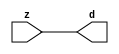

//------> /package/eda/mg/Catapult_10.3d/Mgc_home/pkgs/siflibs/mgc_in_wire_v2.v 
//------------------------------------------------------------------------------
// Catapult Synthesis - Sample I/O Port Library
//
// Copyright (c) 2003-2017 Mentor Graphics Corp.
//       All Rights Reserved
//
// This document may be used and distributed without restriction provided that
// this copyright statement is not removed from the file and that any derivative
// work contains this copyright notice.
//
// The design information contained in this file is intended to be an example
// of the functionality which the end user may study in preparation for creating
// their own custom interfaces. This design does not necessarily present a 
// complete implementation of the named protocol or standard.
//
//------------------------------------------------------------------------------


module mgc_in_wire_v2 (d, z);

  parameter integer rscid = 1;
  parameter integer width = 8;

  output [width-1:0] d;
  input  [width-1:0] z;

  wire   [width-1:0] d;

  assign d = z;

endmodule


//------> /package/eda/mg/Catapult_10.3d/Mgc_home/pkgs/siflibs/ccs_in_v1.v 
//------------------------------------------------------------------------------
// Catapult Synthesis - Sample I/O Port Library
//
// Copyright (c) 2003-2017 Mentor Graphics Corp.
//       All Rights Reserved
//
// This document may be used and distributed without restriction provided that
// this copyright statement is not removed from the file and that any derivative
// work contains this copyright notice.
//
// The design information contained in this file is intended to be an example
// of the functionality which the end user may study in preparation for creating
// their own custom interfaces. This design does not necessarily present a 
// complete implementation of the named protocol or standard.
//
//------------------------------------------------------------------------------


module ccs_in_v1 (idat, dat);

  parameter integer rscid = 1;
  parameter integer width = 8;

  output [width-1:0] idat;
  input  [width-1:0] dat;

  wire   [width-1:0] idat;

  assign idat = dat;

endmodule


//------> /package/eda/mg/Catapult_10.3d/Mgc_home/pkgs/siflibs/ccs_out_v1.v 
//------------------------------------------------------------------------------
// Catapult Synthesis - Sample I/O Port Library
//
// Copyright (c) 2003-2015 Mentor Graphics Corp.
//       All Rights Reserved
//
// This document may be used and distributed without restriction provided that
// this copyright statement is not removed from the file and that any derivative
// work contains this copyright notice.
//
// The design information contained in this file is intended to be an example
// of the functionality which the end user may study in preparation for creating
// their own custom interfaces. This design does not necessarily present a 
// complete implementation of the named protocol or standard.
//
//------------------------------------------------------------------------------

module ccs_out_v1 (dat, idat);

  parameter integer rscid = 1;
  parameter integer width = 8;

  output   [width-1:0] dat;
  input    [width-1:0] idat;

  wire     [width-1:0] dat;

  assign dat = idat;

endmodule




//------> /package/eda/mg/Catapult_10.3d/Mgc_home/pkgs/siflibs/mgc_io_sync_v2.v 
//------------------------------------------------------------------------------
// Catapult Synthesis - Sample I/O Port Library
//
// Copyright (c) 2003-2017 Mentor Graphics Corp.
//       All Rights Reserved
//
// This document may be used and distributed without restriction provided that
// this copyright statement is not removed from the file and that any derivative
// work contains this copyright notice.
//
// The design information contained in this file is intended to be an example
// of the functionality which the end user may study in preparation for creating
// their own custom interfaces. This design does not necessarily present a 
// complete implementation of the named protocol or standard.
//
//------------------------------------------------------------------------------


module mgc_io_sync_v2 (ld, lz);
    parameter valid = 0;

    input  ld;
    output lz;

    wire   lz;

    assign lz = ld;

endmodule


//------> ./rtl.v 
// ----------------------------------------------------------------------
//  HLS HDL:        Verilog Netlister
//  HLS Version:    10.3d/815731 Production Release
//  HLS Date:       Wed Apr 24 14:54:19 PDT 2019
// 
//  Generated by:   695r48@ecegrid-thin4.ecn.purdue.edu
//  Generated date: Sat Nov 13 22:47:04 2021
// ----------------------------------------------------------------------

// 
// ------------------------------------------------------------------
//  Design Unit:    fir_core_core_fsm
//  FSM Module
// ------------------------------------------------------------------


module fir_core_core_fsm (
  clk, rst, fsm_output
);
  input clk;
  input rst;
  output [34:0] fsm_output;
  reg [34:0] fsm_output;


  // FSM State Type Declaration for fir_core_core_fsm_1
  parameter
    main_C_0 = 6'd0,
    main_C_1 = 6'd1,
    main_C_2 = 6'd2,
    main_C_3 = 6'd3,
    main_C_4 = 6'd4,
    main_C_5 = 6'd5,
    main_C_6 = 6'd6,
    main_C_7 = 6'd7,
    main_C_8 = 6'd8,
    main_C_9 = 6'd9,
    main_C_10 = 6'd10,
    main_C_11 = 6'd11,
    main_C_12 = 6'd12,
    main_C_13 = 6'd13,
    main_C_14 = 6'd14,
    main_C_15 = 6'd15,
    main_C_16 = 6'd16,
    main_C_17 = 6'd17,
    main_C_18 = 6'd18,
    main_C_19 = 6'd19,
    main_C_20 = 6'd20,
    main_C_21 = 6'd21,
    main_C_22 = 6'd22,
    main_C_23 = 6'd23,
    main_C_24 = 6'd24,
    main_C_25 = 6'd25,
    main_C_26 = 6'd26,
    main_C_27 = 6'd27,
    main_C_28 = 6'd28,
    main_C_29 = 6'd29,
    main_C_30 = 6'd30,
    main_C_31 = 6'd31,
    main_C_32 = 6'd32,
    main_C_33 = 6'd33,
    main_C_34 = 6'd34;

  reg [5:0] state_var;
  reg [5:0] state_var_NS;


  // Interconnect Declarations for Component Instantiations 
  always @(*)
  begin : fir_core_core_fsm_1
    case (state_var)
      main_C_1 : begin
        fsm_output = 35'b00000000000000000000000000000000010;
        state_var_NS = main_C_2;
      end
      main_C_2 : begin
        fsm_output = 35'b00000000000000000000000000000000100;
        state_var_NS = main_C_3;
      end
      main_C_3 : begin
        fsm_output = 35'b00000000000000000000000000000001000;
        state_var_NS = main_C_4;
      end
      main_C_4 : begin
        fsm_output = 35'b00000000000000000000000000000010000;
        state_var_NS = main_C_5;
      end
      main_C_5 : begin
        fsm_output = 35'b00000000000000000000000000000100000;
        state_var_NS = main_C_6;
      end
      main_C_6 : begin
        fsm_output = 35'b00000000000000000000000000001000000;
        state_var_NS = main_C_7;
      end
      main_C_7 : begin
        fsm_output = 35'b00000000000000000000000000010000000;
        state_var_NS = main_C_8;
      end
      main_C_8 : begin
        fsm_output = 35'b00000000000000000000000000100000000;
        state_var_NS = main_C_9;
      end
      main_C_9 : begin
        fsm_output = 35'b00000000000000000000000001000000000;
        state_var_NS = main_C_10;
      end
      main_C_10 : begin
        fsm_output = 35'b00000000000000000000000010000000000;
        state_var_NS = main_C_11;
      end
      main_C_11 : begin
        fsm_output = 35'b00000000000000000000000100000000000;
        state_var_NS = main_C_12;
      end
      main_C_12 : begin
        fsm_output = 35'b00000000000000000000001000000000000;
        state_var_NS = main_C_13;
      end
      main_C_13 : begin
        fsm_output = 35'b00000000000000000000010000000000000;
        state_var_NS = main_C_14;
      end
      main_C_14 : begin
        fsm_output = 35'b00000000000000000000100000000000000;
        state_var_NS = main_C_15;
      end
      main_C_15 : begin
        fsm_output = 35'b00000000000000000001000000000000000;
        state_var_NS = main_C_16;
      end
      main_C_16 : begin
        fsm_output = 35'b00000000000000000010000000000000000;
        state_var_NS = main_C_17;
      end
      main_C_17 : begin
        fsm_output = 35'b00000000000000000100000000000000000;
        state_var_NS = main_C_18;
      end
      main_C_18 : begin
        fsm_output = 35'b00000000000000001000000000000000000;
        state_var_NS = main_C_19;
      end
      main_C_19 : begin
        fsm_output = 35'b00000000000000010000000000000000000;
        state_var_NS = main_C_20;
      end
      main_C_20 : begin
        fsm_output = 35'b00000000000000100000000000000000000;
        state_var_NS = main_C_21;
      end
      main_C_21 : begin
        fsm_output = 35'b00000000000001000000000000000000000;
        state_var_NS = main_C_22;
      end
      main_C_22 : begin
        fsm_output = 35'b00000000000010000000000000000000000;
        state_var_NS = main_C_23;
      end
      main_C_23 : begin
        fsm_output = 35'b00000000000100000000000000000000000;
        state_var_NS = main_C_24;
      end
      main_C_24 : begin
        fsm_output = 35'b00000000001000000000000000000000000;
        state_var_NS = main_C_25;
      end
      main_C_25 : begin
        fsm_output = 35'b00000000010000000000000000000000000;
        state_var_NS = main_C_26;
      end
      main_C_26 : begin
        fsm_output = 35'b00000000100000000000000000000000000;
        state_var_NS = main_C_27;
      end
      main_C_27 : begin
        fsm_output = 35'b00000001000000000000000000000000000;
        state_var_NS = main_C_28;
      end
      main_C_28 : begin
        fsm_output = 35'b00000010000000000000000000000000000;
        state_var_NS = main_C_29;
      end
      main_C_29 : begin
        fsm_output = 35'b00000100000000000000000000000000000;
        state_var_NS = main_C_30;
      end
      main_C_30 : begin
        fsm_output = 35'b00001000000000000000000000000000000;
        state_var_NS = main_C_31;
      end
      main_C_31 : begin
        fsm_output = 35'b00010000000000000000000000000000000;
        state_var_NS = main_C_32;
      end
      main_C_32 : begin
        fsm_output = 35'b00100000000000000000000000000000000;
        state_var_NS = main_C_33;
      end
      main_C_33 : begin
        fsm_output = 35'b01000000000000000000000000000000000;
        state_var_NS = main_C_34;
      end
      main_C_34 : begin
        fsm_output = 35'b10000000000000000000000000000000000;
        state_var_NS = main_C_0;
      end
      // main_C_0
      default : begin
        fsm_output = 35'b00000000000000000000000000000000001;
        state_var_NS = main_C_1;
      end
    endcase
  end

  always @(posedge clk) begin
    if ( rst ) begin
      state_var <= main_C_0;
    end
    else begin
      state_var <= state_var_NS;
    end
  end

endmodule

// ------------------------------------------------------------------
//  Design Unit:    fir_core
// ------------------------------------------------------------------


module fir_core (
  clk, rst, coeffs_rsc_z, coeffs_rsc_triosy_lz, in1_rsc_dat, in1_rsc_triosy_lz, out1_rsc_dat,
      out1_rsc_triosy_lz
);
  input clk;
  input rst;
  input [511:0] coeffs_rsc_z;
  output coeffs_rsc_triosy_lz;
  input [15:0] in1_rsc_dat;
  output in1_rsc_triosy_lz;
  output [15:0] out1_rsc_dat;
  output out1_rsc_triosy_lz;


  // Interconnect Declarations
  wire [511:0] coeffs_rsci_d;
  wire [15:0] in1_rsci_idat;
  reg [15:0] out1_rsci_idat;
  reg out1_rsc_triosy_obj_ld;
  wire [34:0] fsm_output;
  reg [495:0] reg_MAC_io_read_coeffs_rsc_ftd_16;
  reg reg_in1_rsc_triosy_obj_ld_cse;
  reg [15:0] reg_MAC_asn_88_cse;
  reg [15:0] reg_MAC_asn_87_cse;
  reg [15:0] reg_MAC_asn_86_cse;
  reg [15:0] reg_MAC_asn_85_cse;
  reg [15:0] reg_MAC_asn_84_cse;
  reg [15:0] reg_MAC_asn_83_cse;
  reg [15:0] reg_MAC_asn_82_cse;
  reg [15:0] reg_MAC_asn_81_cse;
  reg [15:0] reg_MAC_asn_80_cse;
  reg [15:0] reg_MAC_asn_79_cse;
  reg [15:0] reg_MAC_asn_78_cse;
  reg [15:0] reg_MAC_asn_77_cse;
  reg [15:0] reg_MAC_asn_76_cse;
  reg [15:0] reg_MAC_asn_75_cse;
  reg [15:0] reg_MAC_asn_74_cse;
  reg [15:0] reg_MAC_asn_73_cse;
  reg [15:0] reg_MAC_asn_72_cse;
  reg [15:0] reg_MAC_asn_71_cse;
  reg [15:0] reg_MAC_asn_70_cse;
  reg [15:0] reg_MAC_asn_69_cse;
  reg [15:0] reg_MAC_asn_68_cse;
  reg [15:0] reg_MAC_asn_67_cse;
  reg [15:0] reg_MAC_asn_66_cse;
  reg [15:0] reg_MAC_asn_65_cse;
  reg [15:0] reg_MAC_asn_64_cse;
  reg [15:0] reg_MAC_asn_63_cse;
  reg [15:0] reg_MAC_asn_62_cse;
  wire [29:0] z_out;
  wire [30:0] nl_z_out;
  wire [29:0] z_out_2;
  wire signed [31:0] nl_z_out_2;
  wire [29:0] z_out_3;
  wire signed [31:0] nl_z_out_3;
  reg [15:0] regs_2_sva;
  reg [15:0] regs_30_sva;
  reg [15:0] regs_0_sva;
  reg [29:0] MAC_acc_29_itm;
  reg [29:0] MAC_11_mul_itm;
  reg [29:0] MAC_acc_23_itm;
  reg [29:0] MAC_acc_11_itm;
  reg [15:0] MAC_asn_89_itm;
  reg [15:0] MAC_asn_90_itm;
  reg [29:0] MAC_acc_18_itm;
  wire [30:0] nl_MAC_acc_18_itm;
  wire [29:0] MAC_acc_25_itm_mx0w5;
  wire [30:0] nl_MAC_acc_25_itm_mx0w5;
  wire MAC_acc_11_itm_mx0c5;
  wire MAC_acc_23_itm_mx0c0;
  wire MAC_or_4_cse;

  wire[29:0] mul_nl;
  wire signed [31:0] nl_mul_nl;
  wire[15:0] MAC_mux1h_12_nl;
  wire[0:0] MAC_or_15_nl;
  wire[15:0] MAC_mux1h_13_nl;
  wire[29:0] MAC_acc_16_nl;
  wire[30:0] nl_MAC_acc_16_nl;
  wire[29:0] MAC_4_mul_nl;
  wire signed [31:0] nl_MAC_4_mul_nl;
  wire[29:0] MAC_acc_14_nl;
  wire[30:0] nl_MAC_acc_14_nl;
  wire[29:0] MAC_8_mul_nl;
  wire signed [31:0] nl_MAC_8_mul_nl;
  wire[29:0] mul_3_nl;
  wire signed [31:0] nl_mul_3_nl;
  wire[15:0] MAC_mux1h_16_nl;
  wire[15:0] MAC_mux1h_17_nl;
  wire[29:0] MAC_acc_12_nl;
  wire[30:0] nl_MAC_acc_12_nl;
  wire[29:0] MAC_12_mul_nl;
  wire signed [31:0] nl_MAC_12_mul_nl;
  wire[29:0] MAC_acc_10_nl;
  wire[30:0] nl_MAC_acc_10_nl;
  wire[29:0] MAC_16_mul_nl;
  wire signed [31:0] nl_MAC_16_mul_nl;
  wire[29:0] mul_4_nl;
  wire signed [31:0] nl_mul_4_nl;
  wire[15:0] MAC_mux1h_18_nl;
  wire[15:0] MAC_mux1h_19_nl;
  wire[29:0] MAC_acc_8_nl;
  wire[30:0] nl_MAC_acc_8_nl;
  wire[29:0] MAC_20_mul_nl;
  wire signed [31:0] nl_MAC_20_mul_nl;
  wire[29:0] MAC_acc_6_nl;
  wire[30:0] nl_MAC_acc_6_nl;
  wire[29:0] MAC_24_mul_nl;
  wire signed [31:0] nl_MAC_24_mul_nl;
  wire[29:0] MAC_acc_4_nl;
  wire[30:0] nl_MAC_acc_4_nl;
  wire[29:0] MAC_28_mul_nl;
  wire signed [31:0] nl_MAC_28_mul_nl;
  wire[29:0] MAC_acc_3_nl;
  wire[30:0] nl_MAC_acc_3_nl;
  wire[29:0] MAC_30_mul_nl;
  wire signed [31:0] nl_MAC_30_mul_nl;
  wire[29:0] MAC_acc_nl;
  wire[30:0] nl_MAC_acc_nl;
  wire[29:0] MAC_acc_30_nl;
  wire[30:0] nl_MAC_acc_30_nl;
  wire[29:0] MAC_acc_26_nl;
  wire[30:0] nl_MAC_acc_26_nl;
  wire[0:0] MAC_or_10_nl;
  wire[0:0] MAC_or_11_nl;
  wire[0:0] MAC_or_12_nl;
  wire[0:0] MAC_or_13_nl;
  wire[29:0] MAC_acc_17_nl;
  wire[30:0] nl_MAC_acc_17_nl;
  wire[29:0] MAC_2_mul_nl;
  wire signed [31:0] nl_MAC_2_mul_nl;
  wire[29:0] MAC_acc_15_nl;
  wire[30:0] nl_MAC_acc_15_nl;
  wire[29:0] MAC_6_mul_nl;
  wire signed [31:0] nl_MAC_6_mul_nl;
  wire[29:0] MAC_acc_13_nl;
  wire[30:0] nl_MAC_acc_13_nl;
  wire[29:0] MAC_10_mul_nl;
  wire signed [31:0] nl_MAC_10_mul_nl;
  wire[29:0] MAC_acc_11_nl;
  wire[30:0] nl_MAC_acc_11_nl;
  wire[29:0] MAC_14_mul_nl;
  wire signed [31:0] nl_MAC_14_mul_nl;
  wire[29:0] MAC_acc_9_nl;
  wire[30:0] nl_MAC_acc_9_nl;
  wire[29:0] MAC_18_mul_nl;
  wire signed [31:0] nl_MAC_18_mul_nl;
  wire[29:0] MAC_acc_5_nl;
  wire[30:0] nl_MAC_acc_5_nl;
  wire[29:0] MAC_26_mul_nl;
  wire signed [31:0] nl_MAC_26_mul_nl;
  wire[29:0] MAC_acc_7_nl;
  wire[30:0] nl_MAC_acc_7_nl;
  wire[29:0] MAC_acc_27_nl;
  wire[30:0] nl_MAC_acc_27_nl;
  wire[29:0] MAC_acc_31_nl;
  wire[30:0] nl_MAC_acc_31_nl;
  wire[29:0] MAC_mux_6_nl;
  wire[0:0] MAC_or_14_nl;
  wire[29:0] MAC_mux_7_nl;
  wire[15:0] MAC_mux_8_nl;
  wire[15:0] MAC_mux_9_nl;
  wire[15:0] MAC_mux1h_14_nl;
  wire[15:0] MAC_mux1h_15_nl;

  // Interconnect Declarations for Component Instantiations 
  mgc_in_wire_v2 #(.rscid(32'sd1),
  .width(32'sd512)) coeffs_rsci (
      .d(coeffs_rsci_d),
      .z(coeffs_rsc_z)
    );
  ccs_in_v1 #(.rscid(32'sd2),
  .width(32'sd16)) in1_rsci (
      .dat(in1_rsc_dat),
      .idat(in1_rsci_idat)
    );
  ccs_out_v1 #(.rscid(32'sd3),
  .width(32'sd16)) out1_rsci (
      .idat(out1_rsci_idat),
      .dat(out1_rsc_dat)
    );
  mgc_io_sync_v2 #(.valid(32'sd0)) coeffs_rsc_triosy_obj (
      .ld(reg_in1_rsc_triosy_obj_ld_cse),
      .lz(coeffs_rsc_triosy_lz)
    );
  mgc_io_sync_v2 #(.valid(32'sd0)) in1_rsc_triosy_obj (
      .ld(reg_in1_rsc_triosy_obj_ld_cse),
      .lz(in1_rsc_triosy_lz)
    );
  mgc_io_sync_v2 #(.valid(32'sd0)) out1_rsc_triosy_obj (
      .ld(out1_rsc_triosy_obj_ld),
      .lz(out1_rsc_triosy_lz)
    );
  fir_core_core_fsm fir_core_core_fsm_inst (
      .clk(clk),
      .rst(rst),
      .fsm_output(fsm_output)
    );
  assign MAC_or_4_cse = (fsm_output[18]) | (fsm_output[10]);
  assign nl_MAC_acc_25_itm_mx0w5 = MAC_acc_11_itm + MAC_11_mul_itm;
  assign MAC_acc_25_itm_mx0w5 = nl_MAC_acc_25_itm_mx0w5[29:0];
  assign MAC_acc_11_itm_mx0c5 = (fsm_output[30]) | (fsm_output[22]);
  assign MAC_acc_23_itm_mx0c0 = (fsm_output[14]) | (fsm_output[6]);
  always @(posedge clk) begin
    if ( rst ) begin
      out1_rsci_idat <= 16'b0000000000000000;
    end
    else if ( fsm_output[33] ) begin
      out1_rsci_idat <= z_out[29:14];
    end
  end
  always @(posedge clk) begin
    if ( rst ) begin
      reg_MAC_asn_88_cse <= 16'b0000000000000000;
    end
    else if ( fsm_output[34] ) begin
      reg_MAC_asn_88_cse <= reg_MAC_asn_87_cse;
    end
  end
  always @(posedge clk) begin
    if ( rst ) begin
      reg_MAC_asn_87_cse <= 16'b0000000000000000;
    end
    else if ( fsm_output[34] ) begin
      reg_MAC_asn_87_cse <= reg_MAC_asn_86_cse;
    end
  end
  always @(posedge clk) begin
    if ( rst ) begin
      reg_MAC_asn_86_cse <= 16'b0000000000000000;
    end
    else if ( fsm_output[34] ) begin
      reg_MAC_asn_86_cse <= reg_MAC_asn_85_cse;
    end
  end
  always @(posedge clk) begin
    if ( rst ) begin
      reg_MAC_asn_85_cse <= 16'b0000000000000000;
    end
    else if ( fsm_output[34] ) begin
      reg_MAC_asn_85_cse <= reg_MAC_asn_84_cse;
    end
  end
  always @(posedge clk) begin
    if ( rst ) begin
      reg_MAC_asn_84_cse <= 16'b0000000000000000;
    end
    else if ( fsm_output[34] ) begin
      reg_MAC_asn_84_cse <= reg_MAC_asn_83_cse;
    end
  end
  always @(posedge clk) begin
    if ( rst ) begin
      reg_MAC_asn_83_cse <= 16'b0000000000000000;
    end
    else if ( fsm_output[34] ) begin
      reg_MAC_asn_83_cse <= reg_MAC_asn_82_cse;
    end
  end
  always @(posedge clk) begin
    if ( rst ) begin
      reg_MAC_asn_82_cse <= 16'b0000000000000000;
    end
    else if ( fsm_output[34] ) begin
      reg_MAC_asn_82_cse <= reg_MAC_asn_81_cse;
    end
  end
  always @(posedge clk) begin
    if ( rst ) begin
      reg_MAC_asn_81_cse <= 16'b0000000000000000;
    end
    else if ( fsm_output[34] ) begin
      reg_MAC_asn_81_cse <= reg_MAC_asn_80_cse;
    end
  end
  always @(posedge clk) begin
    if ( rst ) begin
      reg_MAC_asn_80_cse <= 16'b0000000000000000;
    end
    else if ( fsm_output[34] ) begin
      reg_MAC_asn_80_cse <= reg_MAC_asn_79_cse;
    end
  end
  always @(posedge clk) begin
    if ( rst ) begin
      reg_MAC_asn_79_cse <= 16'b0000000000000000;
    end
    else if ( fsm_output[34] ) begin
      reg_MAC_asn_79_cse <= reg_MAC_asn_78_cse;
    end
  end
  always @(posedge clk) begin
    if ( rst ) begin
      reg_MAC_asn_78_cse <= 16'b0000000000000000;
    end
    else if ( fsm_output[34] ) begin
      reg_MAC_asn_78_cse <= reg_MAC_asn_77_cse;
    end
  end
  always @(posedge clk) begin
    if ( rst ) begin
      reg_MAC_asn_77_cse <= 16'b0000000000000000;
    end
    else if ( fsm_output[34] ) begin
      reg_MAC_asn_77_cse <= reg_MAC_asn_76_cse;
    end
  end
  always @(posedge clk) begin
    if ( rst ) begin
      reg_MAC_asn_76_cse <= 16'b0000000000000000;
    end
    else if ( fsm_output[34] ) begin
      reg_MAC_asn_76_cse <= reg_MAC_asn_75_cse;
    end
  end
  always @(posedge clk) begin
    if ( rst ) begin
      reg_MAC_asn_75_cse <= 16'b0000000000000000;
    end
    else if ( fsm_output[34] ) begin
      reg_MAC_asn_75_cse <= reg_MAC_asn_74_cse;
    end
  end
  always @(posedge clk) begin
    if ( rst ) begin
      reg_MAC_asn_74_cse <= 16'b0000000000000000;
    end
    else if ( fsm_output[34] ) begin
      reg_MAC_asn_74_cse <= reg_MAC_asn_73_cse;
    end
  end
  always @(posedge clk) begin
    if ( rst ) begin
      reg_MAC_asn_73_cse <= 16'b0000000000000000;
    end
    else if ( fsm_output[34] ) begin
      reg_MAC_asn_73_cse <= reg_MAC_asn_72_cse;
    end
  end
  always @(posedge clk) begin
    if ( rst ) begin
      reg_MAC_asn_72_cse <= 16'b0000000000000000;
    end
    else if ( fsm_output[34] ) begin
      reg_MAC_asn_72_cse <= reg_MAC_asn_71_cse;
    end
  end
  always @(posedge clk) begin
    if ( rst ) begin
      reg_MAC_asn_71_cse <= 16'b0000000000000000;
    end
    else if ( fsm_output[34] ) begin
      reg_MAC_asn_71_cse <= reg_MAC_asn_70_cse;
    end
  end
  always @(posedge clk) begin
    if ( rst ) begin
      reg_MAC_asn_70_cse <= 16'b0000000000000000;
    end
    else if ( fsm_output[34] ) begin
      reg_MAC_asn_70_cse <= reg_MAC_asn_69_cse;
    end
  end
  always @(posedge clk) begin
    if ( rst ) begin
      reg_MAC_asn_69_cse <= 16'b0000000000000000;
    end
    else if ( fsm_output[34] ) begin
      reg_MAC_asn_69_cse <= reg_MAC_asn_68_cse;
    end
  end
  always @(posedge clk) begin
    if ( rst ) begin
      reg_MAC_asn_68_cse <= 16'b0000000000000000;
    end
    else if ( fsm_output[34] ) begin
      reg_MAC_asn_68_cse <= reg_MAC_asn_67_cse;
    end
  end
  always @(posedge clk) begin
    if ( rst ) begin
      reg_MAC_asn_67_cse <= 16'b0000000000000000;
    end
    else if ( fsm_output[34] ) begin
      reg_MAC_asn_67_cse <= reg_MAC_asn_66_cse;
    end
  end
  always @(posedge clk) begin
    if ( rst ) begin
      reg_MAC_asn_66_cse <= 16'b0000000000000000;
    end
    else if ( fsm_output[34] ) begin
      reg_MAC_asn_66_cse <= reg_MAC_asn_65_cse;
    end
  end
  always @(posedge clk) begin
    if ( rst ) begin
      reg_MAC_asn_65_cse <= 16'b0000000000000000;
    end
    else if ( fsm_output[34] ) begin
      reg_MAC_asn_65_cse <= reg_MAC_asn_64_cse;
    end
  end
  always @(posedge clk) begin
    if ( rst ) begin
      reg_MAC_asn_64_cse <= 16'b0000000000000000;
    end
    else if ( fsm_output[34] ) begin
      reg_MAC_asn_64_cse <= reg_MAC_asn_63_cse;
    end
  end
  always @(posedge clk) begin
    if ( rst ) begin
      reg_MAC_asn_63_cse <= 16'b0000000000000000;
    end
    else if ( fsm_output[34] ) begin
      reg_MAC_asn_63_cse <= reg_MAC_asn_62_cse;
    end
  end
  always @(posedge clk) begin
    if ( rst ) begin
      reg_MAC_asn_62_cse <= 16'b0000000000000000;
    end
    else if ( fsm_output[34] ) begin
      reg_MAC_asn_62_cse <= regs_2_sva;
    end
  end
  always @(posedge clk) begin
    if ( rst ) begin
      regs_2_sva <= 16'b0000000000000000;
    end
    else if ( fsm_output[34] ) begin
      regs_2_sva <= MAC_asn_89_itm;
    end
  end
  always @(posedge clk) begin
    if ( rst ) begin
      regs_0_sva <= 16'b0000000000000000;
    end
    else if ( fsm_output[2] ) begin
      regs_0_sva <= MAC_asn_90_itm;
    end
  end
  always @(posedge clk) begin
    if ( rst ) begin
      MAC_asn_89_itm <= 16'b0000000000000000;
    end
    else if ( (fsm_output[34]) | (fsm_output[2]) ) begin
      MAC_asn_89_itm <= MUX_v_16_2_2(regs_0_sva, reg_MAC_asn_88_cse, fsm_output[34]);
    end
  end
  always @(posedge clk) begin
    if ( rst ) begin
      out1_rsc_triosy_obj_ld <= 1'b0;
      reg_in1_rsc_triosy_obj_ld_cse <= 1'b0;
      MAC_11_mul_itm <= 30'b000000000000000000000000000000;
    end
    else begin
      out1_rsc_triosy_obj_ld <= fsm_output[33];
      reg_in1_rsc_triosy_obj_ld_cse <= fsm_output[0];
      MAC_11_mul_itm <= MUX1HOT_v_30_14_2((mul_nl), z_out_3, (MAC_acc_16_nl), z_out_2,
          (MAC_acc_14_nl), (mul_3_nl), (MAC_acc_12_nl), (MAC_acc_10_nl), (mul_4_nl),
          (MAC_acc_8_nl), (MAC_acc_6_nl), (MAC_acc_4_nl), (MAC_acc_3_nl), (MAC_acc_nl),
          {(MAC_or_10_nl) , (MAC_or_11_nl) , (fsm_output[5]) , (fsm_output[6]) ,
          (fsm_output[9]) , (MAC_or_12_nl) , (fsm_output[13]) , (fsm_output[17])
          , (MAC_or_13_nl) , (fsm_output[21]) , (fsm_output[25]) , (fsm_output[29])
          , (fsm_output[31]) , (fsm_output[32])});
    end
  end
  always @(posedge clk) begin
    if ( rst ) begin
      MAC_asn_90_itm <= 16'b0000000000000000;
    end
    else if ( (fsm_output[34]) | (fsm_output[0]) ) begin
      MAC_asn_90_itm <= MUX_v_16_2_2(in1_rsci_idat, regs_30_sva, fsm_output[34]);
    end
  end
  always @(posedge clk) begin
    if ( rst ) begin
      regs_30_sva <= 16'b0000000000000000;
    end
    else if ( fsm_output[34] ) begin
      regs_30_sva <= reg_MAC_asn_88_cse;
    end
  end
  always @(posedge clk) begin
    if ( rst ) begin
      MAC_acc_18_itm <= 30'b000000000000000000000000000000;
    end
    else if ( fsm_output[1] ) begin
      MAC_acc_18_itm <= nl_MAC_acc_18_itm[29:0];
    end
  end
  always @(posedge clk) begin
    if ( rst ) begin
      MAC_acc_11_itm <= 30'b000000000000000000000000000000;
    end
    else if ( (fsm_output[27]) | (fsm_output[19]) | (fsm_output[15]) | (fsm_output[11])
        | (fsm_output[7]) | (fsm_output[3]) | MAC_acc_11_itm_mx0c5 ) begin
      MAC_acc_11_itm <= MUX1HOT_v_30_7_2((MAC_acc_17_nl), (MAC_acc_15_nl), (MAC_acc_13_nl),
          (MAC_acc_11_nl), (MAC_acc_9_nl), MAC_acc_25_itm_mx0w5, (MAC_acc_5_nl),
          {(fsm_output[3]) , (fsm_output[7]) , (fsm_output[11]) , (fsm_output[15])
          , (fsm_output[19]) , MAC_acc_11_itm_mx0c5 , (fsm_output[27])});
    end
  end
  always @(posedge clk) begin
    if ( rst ) begin
      MAC_acc_23_itm <= 30'b000000000000000000000000000000;
    end
    else if ( (fsm_output[26]) | MAC_acc_23_itm_mx0c0 | (fsm_output[23]) ) begin
      MAC_acc_23_itm <= MUX1HOT_v_30_3_2(MAC_acc_25_itm_mx0w5, (MAC_acc_7_nl), (MAC_acc_27_nl),
          {MAC_acc_23_itm_mx0c0 , (fsm_output[23]) , (fsm_output[26])});
    end
  end
  always @(posedge clk) begin
    if ( rst ) begin
      MAC_acc_29_itm <= 30'b000000000000000000000000000000;
    end
    else if ( MAC_or_4_cse ) begin
      MAC_acc_29_itm <= MUX_v_30_2_2(z_out, (MAC_acc_31_nl), fsm_output[18]);
    end
  end
  always @(posedge clk) begin
    if ( rst ) begin
      reg_MAC_io_read_coeffs_rsc_ftd_16 <= 496'b0000000000000000000000000000000000000000000000000000000000000000000000000000000000000000000000000000000000000000000000000000000000000000000000000000000000000000000000000000000000000000000000000000000000000000000000000000000000000000000000000000000000000000000000000000000000000000000000000000000000000000000000000000000000000000000000000000000000000000000000000000000000000000000000000000000000000000000000000000000000000000000000000000000000000000000000000000000000000000000000000000000000000000;
    end
    else if ( fsm_output[0] ) begin
      reg_MAC_io_read_coeffs_rsc_ftd_16 <= coeffs_rsci_d[495:0];
    end
  end
  assign MAC_or_15_nl = (fsm_output[0]) | (fsm_output[2]);
  assign MAC_mux1h_12_nl = MUX1HOT_v_16_3_2(MAC_asn_90_itm, reg_MAC_asn_65_cse, reg_MAC_asn_67_cse,
      {(MAC_or_15_nl) , (fsm_output[8]) , (fsm_output[10])});
  assign MAC_mux1h_13_nl = MUX1HOT_v_16_4_2((coeffs_rsci_d[511:496]), (reg_MAC_io_read_coeffs_rsc_ftd_16[15:0]),
      (reg_MAC_io_read_coeffs_rsc_ftd_16[111:96]), (reg_MAC_io_read_coeffs_rsc_ftd_16[143:128]),
      {(fsm_output[0]) , (fsm_output[2]) , (fsm_output[8]) , (fsm_output[10])});
  assign nl_mul_nl = $signed((MAC_mux1h_12_nl)) * $signed((MAC_mux1h_13_nl));
  assign mul_nl = nl_mul_nl[29:0];
  assign nl_MAC_4_mul_nl = $signed(reg_MAC_asn_62_cse) * $signed((reg_MAC_io_read_coeffs_rsc_ftd_16[63:48]));
  assign MAC_4_mul_nl = nl_MAC_4_mul_nl[29:0];
  assign nl_MAC_acc_16_nl = MAC_11_mul_itm + (MAC_4_mul_nl);
  assign MAC_acc_16_nl = nl_MAC_acc_16_nl[29:0];
  assign nl_MAC_8_mul_nl = $signed(reg_MAC_asn_66_cse) * $signed((reg_MAC_io_read_coeffs_rsc_ftd_16[127:112]));
  assign MAC_8_mul_nl = nl_MAC_8_mul_nl[29:0];
  assign nl_MAC_acc_14_nl = MAC_11_mul_itm + (MAC_8_mul_nl);
  assign MAC_acc_14_nl = nl_MAC_acc_14_nl[29:0];
  assign MAC_mux1h_16_nl = MUX1HOT_v_16_4_2(reg_MAC_asn_69_cse, reg_MAC_asn_71_cse,
      reg_MAC_asn_73_cse, reg_MAC_asn_75_cse, {(fsm_output[12]) , (fsm_output[14])
      , (fsm_output[16]) , (fsm_output[18])});
  assign MAC_mux1h_17_nl = MUX1HOT_v_16_4_2((reg_MAC_io_read_coeffs_rsc_ftd_16[175:160]),
      (reg_MAC_io_read_coeffs_rsc_ftd_16[207:192]), (reg_MAC_io_read_coeffs_rsc_ftd_16[239:224]),
      (reg_MAC_io_read_coeffs_rsc_ftd_16[271:256]), {(fsm_output[12]) , (fsm_output[14])
      , (fsm_output[16]) , (fsm_output[18])});
  assign nl_mul_3_nl = $signed((MAC_mux1h_16_nl)) * $signed((MAC_mux1h_17_nl));
  assign mul_3_nl = nl_mul_3_nl[29:0];
  assign nl_MAC_12_mul_nl = $signed(reg_MAC_asn_70_cse) * $signed((reg_MAC_io_read_coeffs_rsc_ftd_16[191:176]));
  assign MAC_12_mul_nl = nl_MAC_12_mul_nl[29:0];
  assign nl_MAC_acc_12_nl = MAC_11_mul_itm + (MAC_12_mul_nl);
  assign MAC_acc_12_nl = nl_MAC_acc_12_nl[29:0];
  assign nl_MAC_16_mul_nl = $signed(reg_MAC_asn_74_cse) * $signed((reg_MAC_io_read_coeffs_rsc_ftd_16[255:240]));
  assign MAC_16_mul_nl = nl_MAC_16_mul_nl[29:0];
  assign nl_MAC_acc_10_nl = MAC_11_mul_itm + (MAC_16_mul_nl);
  assign MAC_acc_10_nl = nl_MAC_acc_10_nl[29:0];
  assign MAC_mux1h_18_nl = MUX1HOT_v_16_4_2(reg_MAC_asn_77_cse, reg_MAC_asn_79_cse,
      reg_MAC_asn_81_cse, reg_MAC_asn_83_cse, {(fsm_output[20]) , (fsm_output[22])
      , (fsm_output[24]) , (fsm_output[26])});
  assign MAC_mux1h_19_nl = MUX1HOT_v_16_4_2((reg_MAC_io_read_coeffs_rsc_ftd_16[303:288]),
      (reg_MAC_io_read_coeffs_rsc_ftd_16[335:320]), (reg_MAC_io_read_coeffs_rsc_ftd_16[367:352]),
      (reg_MAC_io_read_coeffs_rsc_ftd_16[399:384]), {(fsm_output[20]) , (fsm_output[22])
      , (fsm_output[24]) , (fsm_output[26])});
  assign nl_mul_4_nl = $signed((MAC_mux1h_18_nl)) * $signed((MAC_mux1h_19_nl));
  assign mul_4_nl = nl_mul_4_nl[29:0];
  assign nl_MAC_20_mul_nl = $signed(reg_MAC_asn_78_cse) * $signed((reg_MAC_io_read_coeffs_rsc_ftd_16[319:304]));
  assign MAC_20_mul_nl = nl_MAC_20_mul_nl[29:0];
  assign nl_MAC_acc_8_nl = MAC_11_mul_itm + (MAC_20_mul_nl);
  assign MAC_acc_8_nl = nl_MAC_acc_8_nl[29:0];
  assign nl_MAC_24_mul_nl = $signed(reg_MAC_asn_82_cse) * $signed((reg_MAC_io_read_coeffs_rsc_ftd_16[383:368]));
  assign MAC_24_mul_nl = nl_MAC_24_mul_nl[29:0];
  assign nl_MAC_acc_6_nl = MAC_11_mul_itm + (MAC_24_mul_nl);
  assign MAC_acc_6_nl = nl_MAC_acc_6_nl[29:0];
  assign nl_MAC_28_mul_nl = $signed(reg_MAC_asn_86_cse) * $signed((reg_MAC_io_read_coeffs_rsc_ftd_16[447:432]));
  assign MAC_28_mul_nl = nl_MAC_28_mul_nl[29:0];
  assign nl_MAC_acc_4_nl = MAC_11_mul_itm + (MAC_28_mul_nl);
  assign MAC_acc_4_nl = nl_MAC_acc_4_nl[29:0];
  assign nl_MAC_30_mul_nl = $signed(reg_MAC_asn_88_cse) * $signed((reg_MAC_io_read_coeffs_rsc_ftd_16[479:464]));
  assign MAC_30_mul_nl = nl_MAC_30_mul_nl[29:0];
  assign nl_MAC_acc_3_nl = MAC_11_mul_itm + (MAC_30_mul_nl);
  assign MAC_acc_3_nl = nl_MAC_acc_3_nl[29:0];
  assign nl_MAC_acc_26_nl = MAC_11_mul_itm + MAC_acc_18_itm;
  assign MAC_acc_26_nl = nl_MAC_acc_26_nl[29:0];
  assign nl_MAC_acc_30_nl = MAC_acc_11_itm + (MAC_acc_26_nl);
  assign MAC_acc_30_nl = nl_MAC_acc_30_nl[29:0];
  assign nl_MAC_acc_nl = MAC_acc_23_itm + (MAC_acc_30_nl);
  assign MAC_acc_nl = nl_MAC_acc_nl[29:0];
  assign MAC_or_10_nl = (fsm_output[0]) | (fsm_output[2]) | (fsm_output[8]) | (fsm_output[10]);
  assign MAC_or_11_nl = (fsm_output[4]) | (fsm_output[28]) | (fsm_output[30]);
  assign MAC_or_12_nl = (fsm_output[12]) | (fsm_output[14]) | (fsm_output[16]) |
      (fsm_output[18]);
  assign MAC_or_13_nl = (fsm_output[20]) | (fsm_output[22]) | (fsm_output[24]) |
      (fsm_output[26]);
  assign nl_MAC_acc_18_itm  = z_out_3 + MAC_11_mul_itm;
  assign nl_MAC_2_mul_nl = $signed(MAC_asn_89_itm) * $signed((reg_MAC_io_read_coeffs_rsc_ftd_16[31:16]));
  assign MAC_2_mul_nl = nl_MAC_2_mul_nl[29:0];
  assign nl_MAC_acc_17_nl = MAC_11_mul_itm + (MAC_2_mul_nl);
  assign MAC_acc_17_nl = nl_MAC_acc_17_nl[29:0];
  assign nl_MAC_6_mul_nl = $signed(reg_MAC_asn_64_cse) * $signed((reg_MAC_io_read_coeffs_rsc_ftd_16[95:80]));
  assign MAC_6_mul_nl = nl_MAC_6_mul_nl[29:0];
  assign nl_MAC_acc_15_nl = MAC_11_mul_itm + (MAC_6_mul_nl);
  assign MAC_acc_15_nl = nl_MAC_acc_15_nl[29:0];
  assign nl_MAC_10_mul_nl = $signed(reg_MAC_asn_68_cse) * $signed((reg_MAC_io_read_coeffs_rsc_ftd_16[159:144]));
  assign MAC_10_mul_nl = nl_MAC_10_mul_nl[29:0];
  assign nl_MAC_acc_13_nl = MAC_11_mul_itm + (MAC_10_mul_nl);
  assign MAC_acc_13_nl = nl_MAC_acc_13_nl[29:0];
  assign nl_MAC_14_mul_nl = $signed(reg_MAC_asn_72_cse) * $signed((reg_MAC_io_read_coeffs_rsc_ftd_16[223:208]));
  assign MAC_14_mul_nl = nl_MAC_14_mul_nl[29:0];
  assign nl_MAC_acc_11_nl = MAC_11_mul_itm + (MAC_14_mul_nl);
  assign MAC_acc_11_nl = nl_MAC_acc_11_nl[29:0];
  assign nl_MAC_18_mul_nl = $signed(reg_MAC_asn_76_cse) * $signed((reg_MAC_io_read_coeffs_rsc_ftd_16[287:272]));
  assign MAC_18_mul_nl = nl_MAC_18_mul_nl[29:0];
  assign nl_MAC_acc_9_nl = MAC_11_mul_itm + (MAC_18_mul_nl);
  assign MAC_acc_9_nl = nl_MAC_acc_9_nl[29:0];
  assign nl_MAC_26_mul_nl = $signed(reg_MAC_asn_84_cse) * $signed((reg_MAC_io_read_coeffs_rsc_ftd_16[415:400]));
  assign MAC_26_mul_nl = nl_MAC_26_mul_nl[29:0];
  assign nl_MAC_acc_5_nl = MAC_11_mul_itm + (MAC_26_mul_nl);
  assign MAC_acc_5_nl = nl_MAC_acc_5_nl[29:0];
  assign nl_MAC_acc_7_nl = MAC_11_mul_itm + z_out_2;
  assign MAC_acc_7_nl = nl_MAC_acc_7_nl[29:0];
  assign nl_MAC_acc_27_nl = MAC_acc_11_itm + z_out;
  assign MAC_acc_27_nl = nl_MAC_acc_27_nl[29:0];
  assign nl_MAC_acc_31_nl = MAC_acc_29_itm + z_out;
  assign MAC_acc_31_nl = nl_MAC_acc_31_nl[29:0];
  assign MAC_or_14_nl = (fsm_output[26]) | MAC_or_4_cse;
  assign MAC_mux_6_nl = MUX_v_30_2_2(MAC_acc_29_itm, MAC_acc_23_itm, MAC_or_14_nl);
  assign MAC_mux_7_nl = MUX_v_30_2_2(MAC_11_mul_itm, MAC_acc_25_itm_mx0w5, MAC_or_4_cse);
  assign nl_z_out = (MAC_mux_6_nl) + (MAC_mux_7_nl);
  assign z_out = nl_z_out[29:0];
  assign MAC_mux_8_nl = MUX_v_16_2_2(reg_MAC_asn_63_cse, reg_MAC_asn_80_cse, fsm_output[23]);
  assign MAC_mux_9_nl = MUX_v_16_2_2((reg_MAC_io_read_coeffs_rsc_ftd_16[79:64]),
      (reg_MAC_io_read_coeffs_rsc_ftd_16[351:336]), fsm_output[23]);
  assign nl_z_out_2 = $signed((MAC_mux_8_nl)) * $signed((MAC_mux_9_nl));
  assign z_out_2 = nl_z_out_2[29:0];
  assign MAC_mux1h_14_nl = MUX1HOT_v_16_4_2(regs_2_sva, reg_MAC_asn_85_cse, reg_MAC_asn_87_cse,
      MAC_asn_89_itm, {(fsm_output[4]) , (fsm_output[28]) , (fsm_output[30]) , (fsm_output[1])});
  assign MAC_mux1h_15_nl = MUX1HOT_v_16_4_2((reg_MAC_io_read_coeffs_rsc_ftd_16[47:32]),
      (reg_MAC_io_read_coeffs_rsc_ftd_16[431:416]), (reg_MAC_io_read_coeffs_rsc_ftd_16[463:448]),
      (reg_MAC_io_read_coeffs_rsc_ftd_16[495:480]), {(fsm_output[4]) , (fsm_output[28])
      , (fsm_output[30]) , (fsm_output[1])});
  assign nl_z_out_3 = $signed((MAC_mux1h_14_nl)) * $signed((MAC_mux1h_15_nl));
  assign z_out_3 = nl_z_out_3[29:0];

  function automatic [15:0] MUX1HOT_v_16_3_2;
    input [15:0] input_2;
    input [15:0] input_1;
    input [15:0] input_0;
    input [2:0] sel;
    reg [15:0] result;
  begin
    result = input_0 & {16{sel[0]}};
    result = result | ( input_1 & {16{sel[1]}});
    result = result | ( input_2 & {16{sel[2]}});
    MUX1HOT_v_16_3_2 = result;
  end
  endfunction


  function automatic [15:0] MUX1HOT_v_16_4_2;
    input [15:0] input_3;
    input [15:0] input_2;
    input [15:0] input_1;
    input [15:0] input_0;
    input [3:0] sel;
    reg [15:0] result;
  begin
    result = input_0 & {16{sel[0]}};
    result = result | ( input_1 & {16{sel[1]}});
    result = result | ( input_2 & {16{sel[2]}});
    result = result | ( input_3 & {16{sel[3]}});
    MUX1HOT_v_16_4_2 = result;
  end
  endfunction


  function automatic [29:0] MUX1HOT_v_30_14_2;
    input [29:0] input_13;
    input [29:0] input_12;
    input [29:0] input_11;
    input [29:0] input_10;
    input [29:0] input_9;
    input [29:0] input_8;
    input [29:0] input_7;
    input [29:0] input_6;
    input [29:0] input_5;
    input [29:0] input_4;
    input [29:0] input_3;
    input [29:0] input_2;
    input [29:0] input_1;
    input [29:0] input_0;
    input [13:0] sel;
    reg [29:0] result;
  begin
    result = input_0 & {30{sel[0]}};
    result = result | ( input_1 & {30{sel[1]}});
    result = result | ( input_2 & {30{sel[2]}});
    result = result | ( input_3 & {30{sel[3]}});
    result = result | ( input_4 & {30{sel[4]}});
    result = result | ( input_5 & {30{sel[5]}});
    result = result | ( input_6 & {30{sel[6]}});
    result = result | ( input_7 & {30{sel[7]}});
    result = result | ( input_8 & {30{sel[8]}});
    result = result | ( input_9 & {30{sel[9]}});
    result = result | ( input_10 & {30{sel[10]}});
    result = result | ( input_11 & {30{sel[11]}});
    result = result | ( input_12 & {30{sel[12]}});
    result = result | ( input_13 & {30{sel[13]}});
    MUX1HOT_v_30_14_2 = result;
  end
  endfunction


  function automatic [29:0] MUX1HOT_v_30_3_2;
    input [29:0] input_2;
    input [29:0] input_1;
    input [29:0] input_0;
    input [2:0] sel;
    reg [29:0] result;
  begin
    result = input_0 & {30{sel[0]}};
    result = result | ( input_1 & {30{sel[1]}});
    result = result | ( input_2 & {30{sel[2]}});
    MUX1HOT_v_30_3_2 = result;
  end
  endfunction


  function automatic [29:0] MUX1HOT_v_30_7_2;
    input [29:0] input_6;
    input [29:0] input_5;
    input [29:0] input_4;
    input [29:0] input_3;
    input [29:0] input_2;
    input [29:0] input_1;
    input [29:0] input_0;
    input [6:0] sel;
    reg [29:0] result;
  begin
    result = input_0 & {30{sel[0]}};
    result = result | ( input_1 & {30{sel[1]}});
    result = result | ( input_2 & {30{sel[2]}});
    result = result | ( input_3 & {30{sel[3]}});
    result = result | ( input_4 & {30{sel[4]}});
    result = result | ( input_5 & {30{sel[5]}});
    result = result | ( input_6 & {30{sel[6]}});
    MUX1HOT_v_30_7_2 = result;
  end
  endfunction


  function automatic [15:0] MUX_v_16_2_2;
    input [15:0] input_0;
    input [15:0] input_1;
    input [0:0] sel;
    reg [15:0] result;
  begin
    case (sel)
      1'b0 : begin
        result = input_0;
      end
      default : begin
        result = input_1;
      end
    endcase
    MUX_v_16_2_2 = result;
  end
  endfunction


  function automatic [29:0] MUX_v_30_2_2;
    input [29:0] input_0;
    input [29:0] input_1;
    input [0:0] sel;
    reg [29:0] result;
  begin
    case (sel)
      1'b0 : begin
        result = input_0;
      end
      default : begin
        result = input_1;
      end
    endcase
    MUX_v_30_2_2 = result;
  end
  endfunction

endmodule

// ------------------------------------------------------------------
//  Design Unit:    fir
// ------------------------------------------------------------------


module fir (
  clk, rst, coeffs_rsc_z, coeffs_rsc_triosy_lz, in1_rsc_dat, in1_rsc_triosy_lz, out1_rsc_dat,
      out1_rsc_triosy_lz
);
  input clk;
  input rst;
  input [511:0] coeffs_rsc_z;
  output coeffs_rsc_triosy_lz;
  input [15:0] in1_rsc_dat;
  output in1_rsc_triosy_lz;
  output [15:0] out1_rsc_dat;
  output out1_rsc_triosy_lz;



  // Interconnect Declarations for Component Instantiations 
  fir_core fir_core_inst (
      .clk(clk),
      .rst(rst),
      .coeffs_rsc_z(coeffs_rsc_z),
      .coeffs_rsc_triosy_lz(coeffs_rsc_triosy_lz),
      .in1_rsc_dat(in1_rsc_dat),
      .in1_rsc_triosy_lz(in1_rsc_triosy_lz),
      .out1_rsc_dat(out1_rsc_dat),
      .out1_rsc_triosy_lz(out1_rsc_triosy_lz)
    );
endmodule